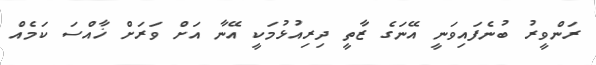
ރަންވީރު ބުނެފައިވަނީ އޭނަގެ ޒާތީ ދިރިއުޅުމަކީ އޭނާ އަށް ވަރަށް ޚާއްސަ ކަމެއް